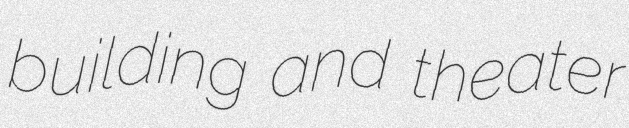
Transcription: building and theater